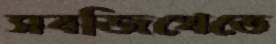
সবজিখেতে